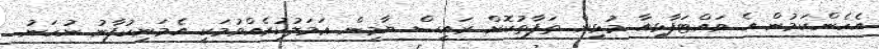
އެހެންކަމުން އެ ވައްޓަފާޅިއާ މުޅިން ތަފާތުކޮށް ރައީސް ޔާމިން ޢަމަލުކުރެއްވުމަކީ އެމަނިކުފާނު ނުހަނު